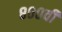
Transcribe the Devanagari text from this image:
८००वीं